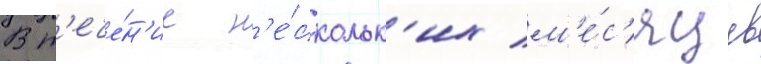
В т'ече́н'ие н'е́скольк'их м'е́с'яцев